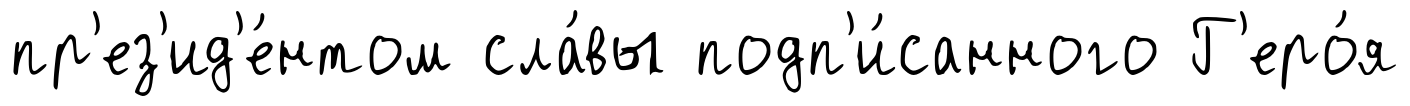
пр'ез'ид'е́нтом сла́вы подп'и́санного Г'еро́я